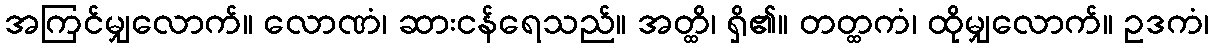
အကြင်မျှလောက်။ လောဏံ၊ ဆားငန်ရေသည်။ အတ္ထိ၊ ရှိ၏။ တတ္ထကံ၊ ထိုမျှလောက်။ ဥဒကံ၊